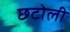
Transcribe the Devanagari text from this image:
छटोली